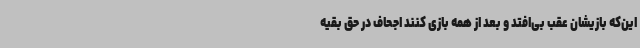
این‌که بازیشان عقب بی‌افتد و بعد از همه بازی کنند اجحاف در حق بقیه